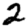
Digit: 2